Scottish Certificate of Education, 1963
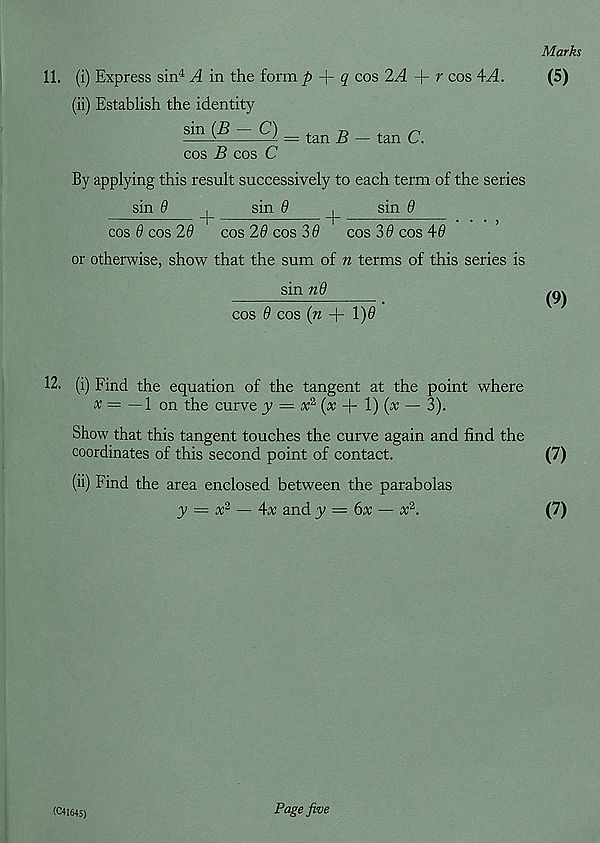
11. (i) Express sin 4 A in the form p -\- q cos 2A + r cos 4A
(ii) Establish the identity
sinjij
C) _ tan g __ tan q
cos B cos C
By applying this result successively to each term of the series
sin 9
sin 6
sin 9
cos 0 cos 20
cos 20 cos 30
cos 30 cos 40
or otherwise, show that the sum of n terms of this series is
sin n9
cos 0 cos (n + 1)0
12. (i) Find the equation of the tangent at the point where
x = —l on the curve y = x 2 (x
1) (x — 3).
Show that this tangent touches the curve again and find the
coordinates of this second point of contact.
(ii) Find the area enclosed between the parabolas
y = x 2 — 4x and y — 6x — x 2 .
(C41645)
Page five